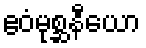
ဧဝံမုစ္ဆနီယော